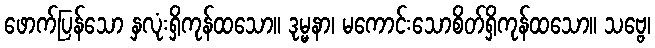
ဖောက်ပြန်သော နှလုံးရှိကုန်ထသော။ ဒုမ္မနာ၊ မကောင်းသောစိတ်ရှိကုန်ထသော။ သဗ္ဗေ၊